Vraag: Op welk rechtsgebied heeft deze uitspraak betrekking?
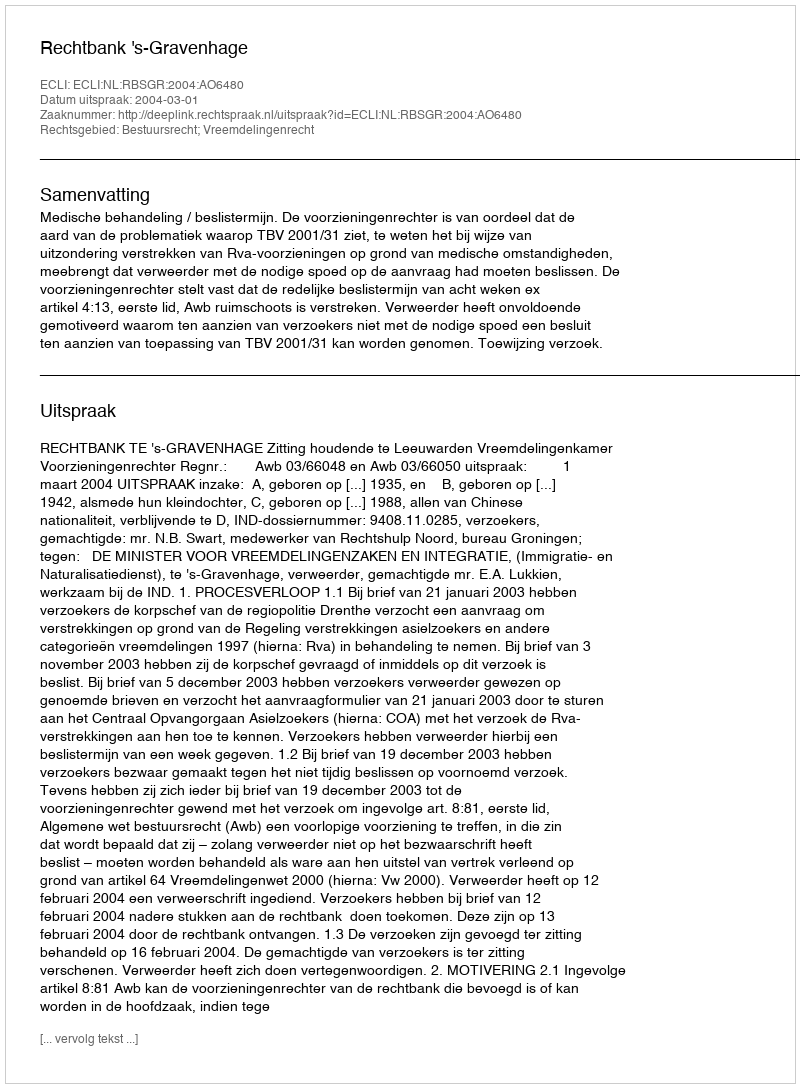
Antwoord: Bestuursrecht; Vreemdelingenrecht